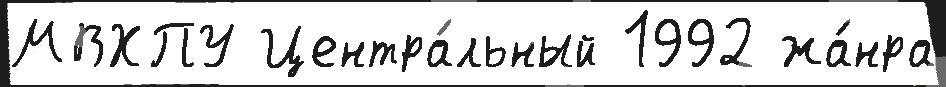
МВХПУ Центра́льный 1992 жа́нра